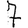
Digit: 7